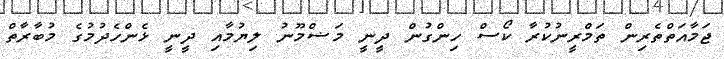
ޖަމާއަތްތެރިން ތަމްރީނުކުރާ ކޯސް ހިންގުން ދީނީ މަޟްމޫނު ލިޔުމާއި ދީނީ ޅެންހެދުމުގެ މުބާރާތް